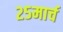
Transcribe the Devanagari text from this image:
२५मार्च